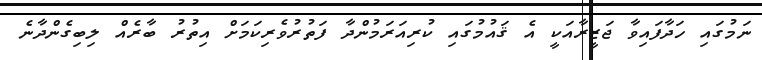
ނަމުގައި ހަދާފައިވާ ޖަޒީރާއަކީ އެ ޤައުމުގައި ކުރިއަރަމުންދާ ފަތުރުވެރިކަމަށް އިތުރު ބާރެއް ލިބިގެންދާނެ